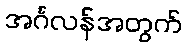
အင်္ဂလန်အတွက်